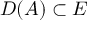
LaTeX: D ( A ) \subset E